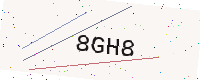
Text: 8GH8